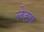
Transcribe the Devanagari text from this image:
लेहन